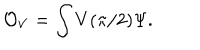
LaTeX: \mathcal { O } _ { V } = \int V ( \pi / 2 ) \Psi .